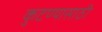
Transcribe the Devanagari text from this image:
कुटण्यासाठी